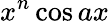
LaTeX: x^{n}\cos{ax}